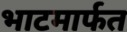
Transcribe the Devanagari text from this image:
भाटमार्फत